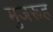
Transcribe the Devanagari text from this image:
मुजरूह